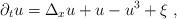
LaTeX: \begin{align*} \partial_t u = \Delta_x u + u - u^3 + \xi\;,\end{align*}